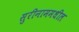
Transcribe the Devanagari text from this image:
सुरीनाममधील